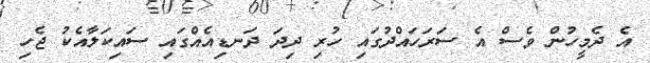
އެ ދެމީހުން ވެސް އެ ސަރަހައްދުގައި ހުރި ދިދަ ދަނޑިއެއްގައި ސައިކަލާއެކު ޖެހި